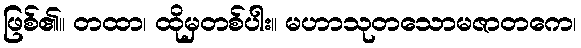
ဖြစ်၏။ တထာ၊ ထိုမှတစ်ပါး။ မဟာသုတသောမဇာတကေ၊